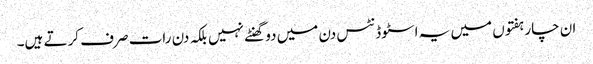
ان چار ہفتوں میں یہ اسٹوڈنٹس دن میں دو گھنٹے نہیں بلکہ دن رات صرف کرتے ہیں۔